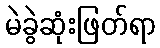
မဲခွဲဆုံးဖြတ်ရာ